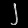
Digit: ၂